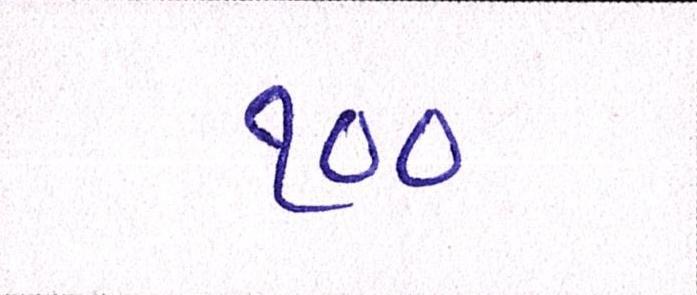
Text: ૧૦૦